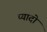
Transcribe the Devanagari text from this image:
प्‍यादो